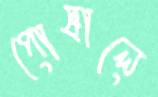
পোষালে